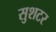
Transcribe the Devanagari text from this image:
सुशटर